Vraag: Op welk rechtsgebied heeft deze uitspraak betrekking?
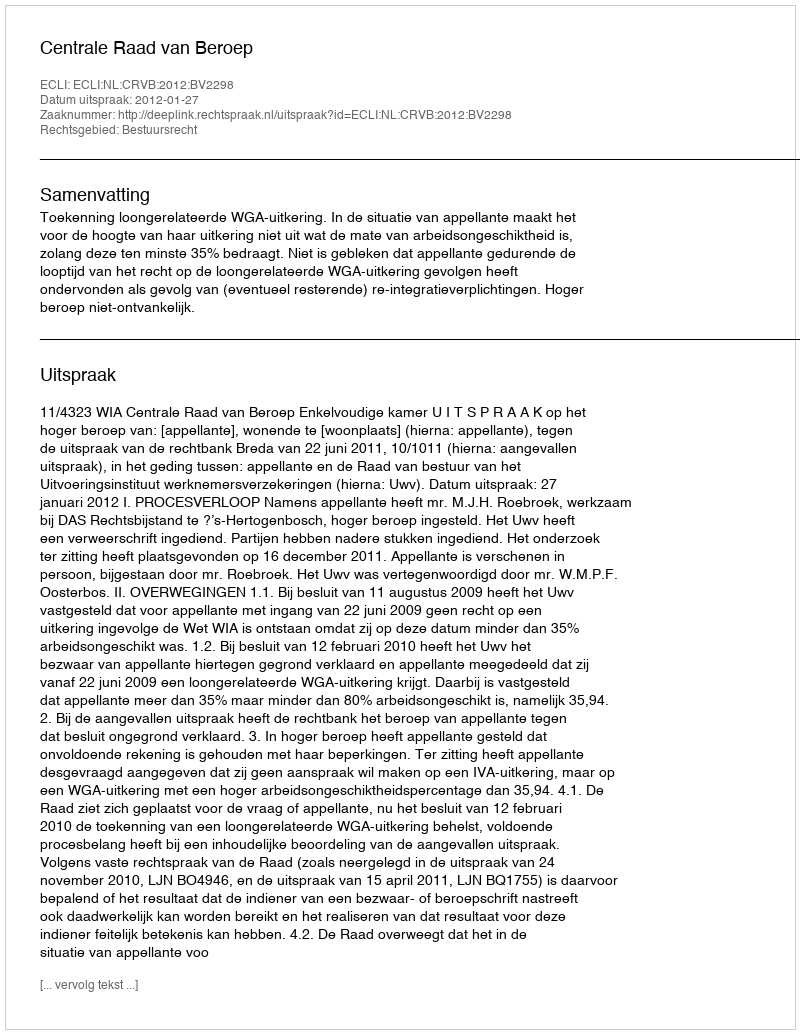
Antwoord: Bestuursrecht